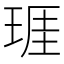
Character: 𤦐